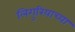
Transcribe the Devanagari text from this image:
लिगुरियाच्या